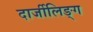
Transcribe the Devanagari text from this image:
दार्जीलिङ्ग